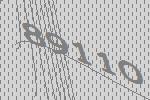
89110